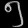
Digit: ၅